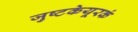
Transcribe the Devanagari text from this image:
जुष्टकेयूरकं